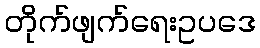
တိုက်ဖျက်ရေးဥပဒေ